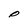
Character: O